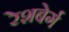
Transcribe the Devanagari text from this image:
रेशबेर्ग